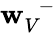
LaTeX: {{\mathbf w}}_{V}^{\, \, \, -}